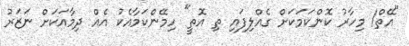
"އޭތް! މިހާރު ކޮންކަމަކަށް ގެއްލިފައި ތި އޮތީ" ހިމޭންކަމާއެކު އެއް ދިމާއަކަށް ނަޒަރު